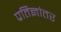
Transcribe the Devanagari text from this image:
प्रतिज्ञांतर